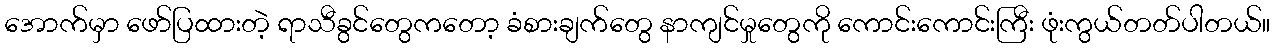
အောက်မှာ ဖော်ပြထားတဲ့ ရာသီခွင်တွေကတော့ ခံစားချက်တွေ နာကျင်မှုတွေကို ကောင်းကောင်းကြီး ဖုံးကွယ်တတ်ပါတယ်။